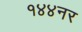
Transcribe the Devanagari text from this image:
१४४नर